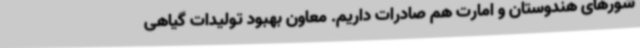
شورهای هندوستان و امارت هم صادرات داریم. معاون بهبود تولیدات گیاهی